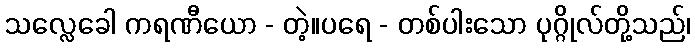
သလ္လေခေါ ကရဏီယော - တဲ့။ပရေ - တစ်ပါးသော ပုဂ္ဂိုလ်တို့သည်၊